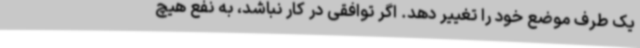
یک طرف موضع خود را تغییر دهد. اگر توافقی در کار نباشد، به نفع هیچ